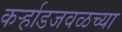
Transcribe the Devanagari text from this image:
कर्ऱ्हाडजवळच्या